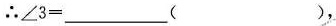
∴$$∠ 3 = ___ ( )$$，